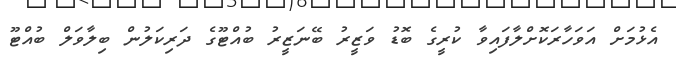
އެޅުމަށް އަވަހާރަކޮށްލާފައިވާ ކުރީގެ ބޮޑު ވަޒީރު ބޭނަޒީރު ބުއްޓޫގެ ދަރިކަލުން ބިލާވަލް ބުއްޓޫ